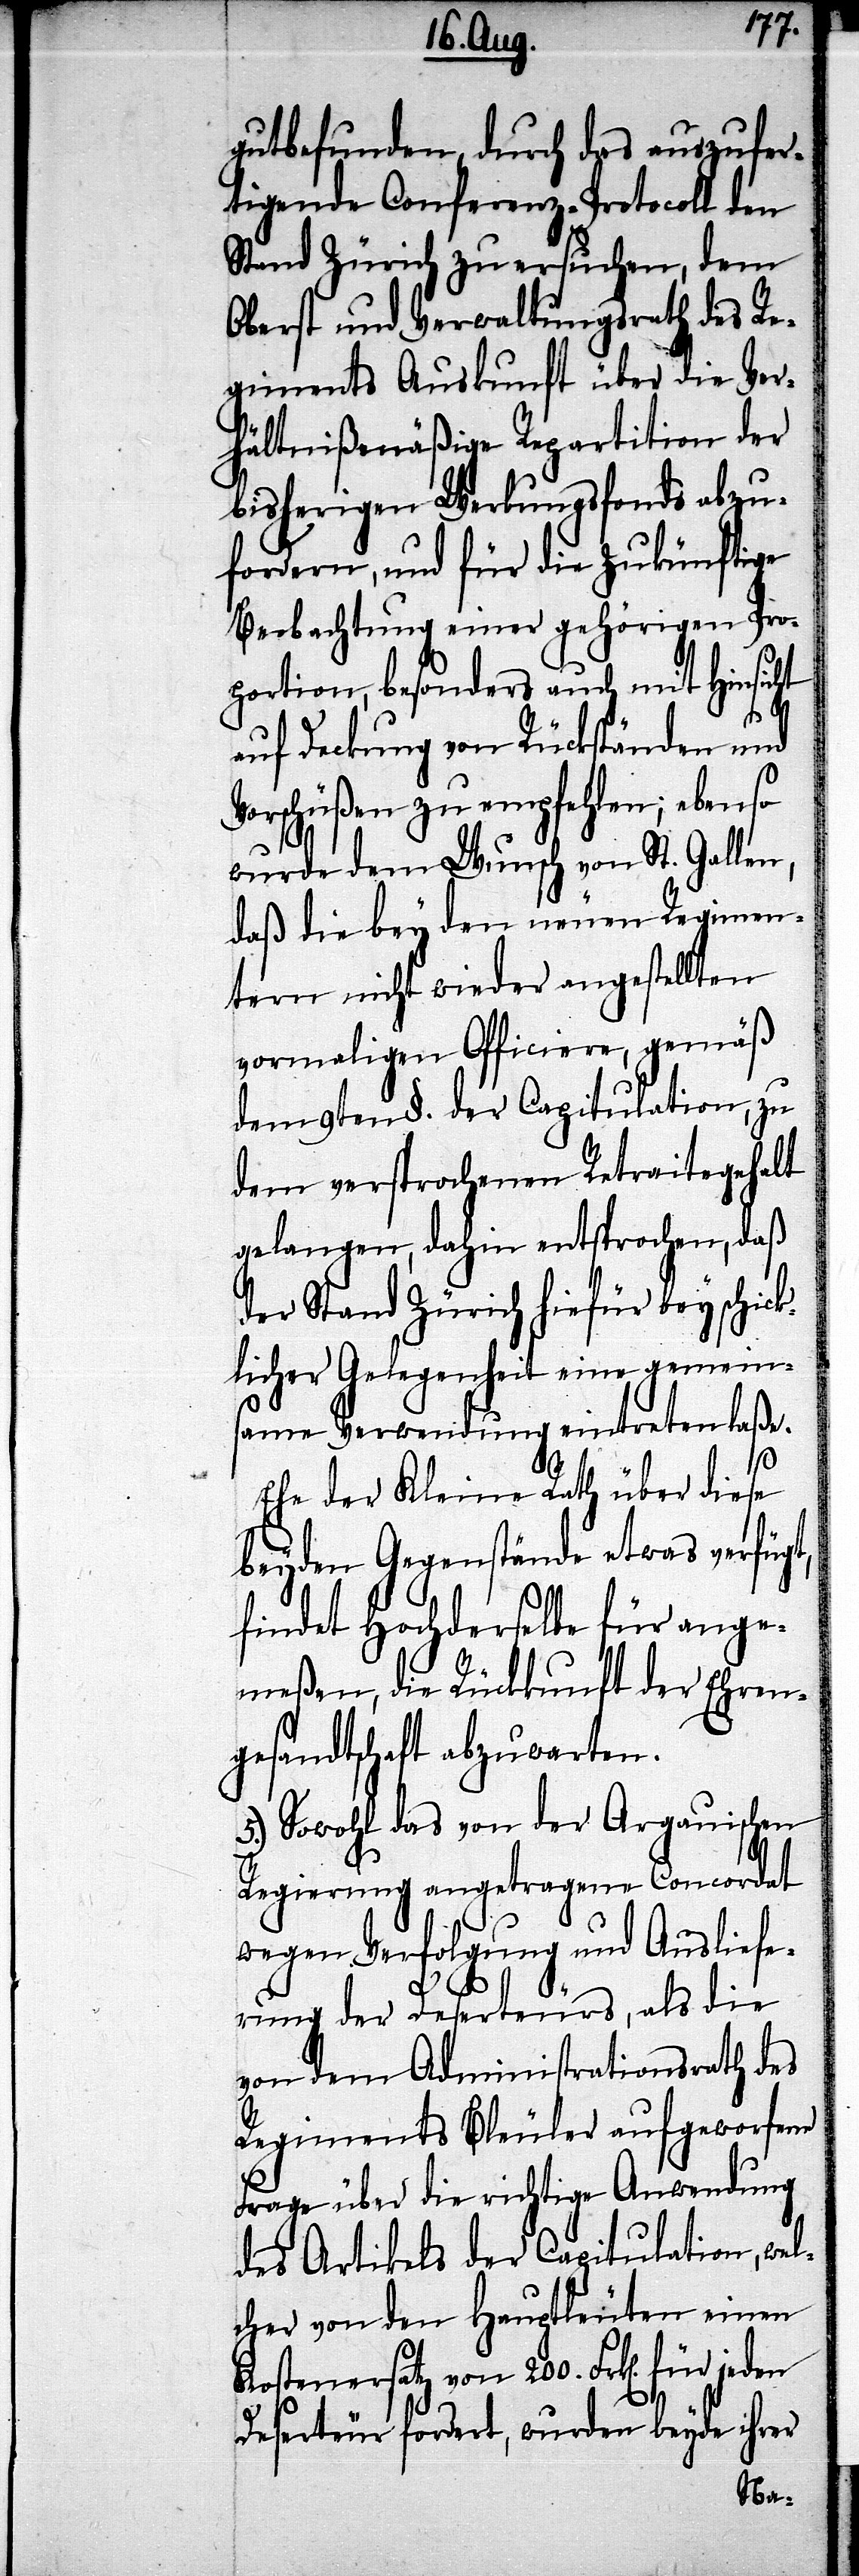
gutbefunden, durch das auszufer¬
tigende Conferenz-Protocoll den
Stand Zürich zu ersuchen, dem
Oberst und Verwaltungsrath des Re¬
giments Auskunft über die Ver¬
hältnißmäßige Repartition der
bisherigen Werbungsfonds abzu¬
fordern, und für die zukünftige
Beobachtung einer gehörigen Pro¬
portion, besonders auch mit Hinsicht
auf Deckung von Rückständen und
Vorschüßen zu empfehlen; ebenso
wurde dem Wunsch von St. Gallen,
daß die bey den neuen Regimen¬
tern nicht wieder angestellten
vormaligen Officiere, gemäß
dem 9ten §. der Capitulation, zu
dem versprochenen Retraitegehalt
gelangen, dahin entsprochen, daß
der Stand Zürich hiefür bey schick¬
licher Gelegenheit eine gemeins¬
ame Verwendung eintreten laße.
Ehe der Kleine Rath über diese
beyden Gegenstände etwas verfügt,
findet Hochderselbe für ange¬
meßen, die Rückkunft der Ehren¬
gesandtschaft abzuwarten.
5.) Sowohl das von der Argauischen
Regierung angetragene Concordat
wegen Verfolgung und Ausliefe¬
rung der Deserteurs, als die
von dem Administrationsrath des
Regiments Bleuler aufgeworfene
Frage über die richtige Anwendung
des Artikels der Capitulation, wel¬
cher von den Hauptleuten einen
Kostenersatz von 200. Frk[en]. für
Deserteur fordert, wurden beyde ihrer